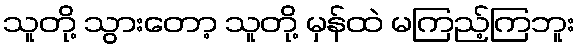
သူတို့ သွားတော့ သူတို့ မှန်ထဲ မကြည့်ကြဘူး